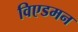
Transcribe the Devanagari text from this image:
विएडमन